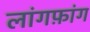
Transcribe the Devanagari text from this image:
लांगफ़ांग